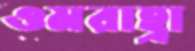
ওমরাহ্রা